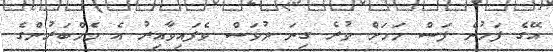
އޭގެ ފަހުން ފަސް މަހަށް ވުރެ ގިނަ ދުވަސް ވެފައިވާއިރު އެ މެމްބަރުންގެ